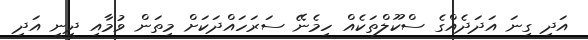
އަދި ގިނަ އަދަދެއްގެ ސްކޫލްތަކެއް ހިމެނޭ ސަރަހައްދަކަށް މިތަން ވުމާއި ދީނީ އަދި